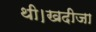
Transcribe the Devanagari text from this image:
थी।खदीजा